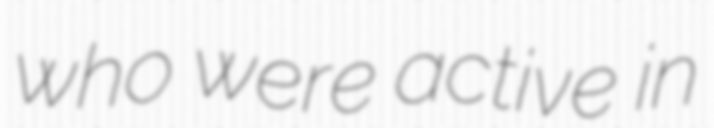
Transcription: who were active in